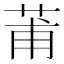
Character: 莆